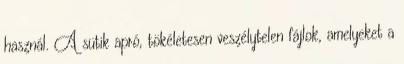
használ. A sütik apró, tökéletesen veszélytelen fájlok, amelyeket a